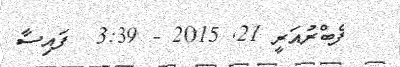
ފެބްރުއަރީ 21